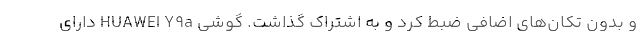
و بدون تکان‌های اضافی ضبط کرد و به اشتراک گذاشت. گوشی HUAWEI Y9a دارای